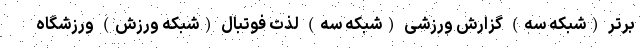
برتر (شبکه سه) گزارش ورزشی (شبکه سه) لذت فوتبال (شبکه ورزش) ورزشگاه